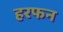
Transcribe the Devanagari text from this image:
हरफन